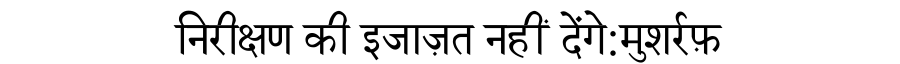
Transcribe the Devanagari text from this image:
निरीक्षण की इजाज़त नहीं देंगे:मुशर्रफ़